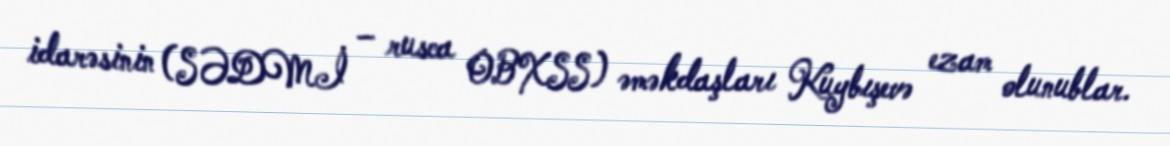
idarəsinin (SƏDMİ – rusca OBXSS) əməkdaşları Kuybışevə ezam olunublar.